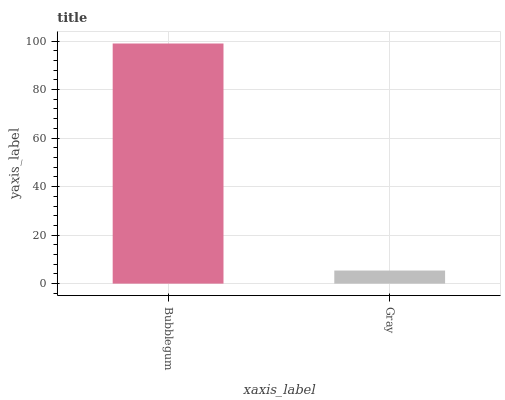
| xaxis_label | bars |
 | --- | --- |
 | Bubblegum | 99 |
 | Gray | 5.39 |